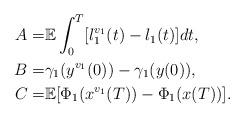
LaTeX: \begin{align*}\begin{aligned}A=&\mathbb{E}\int_0^T[l_1^{v_1}(t)-l_1(t)]dt,\\B=&\gamma_1(y^{v_1}(0))-\gamma_1(y(0)),\\C=&\mathbb{E}[\Phi_1(x^{v_1}(T))-\Phi_1(x(T))].\end{aligned}\end{align*}